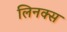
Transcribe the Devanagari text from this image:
लिनक्‍स